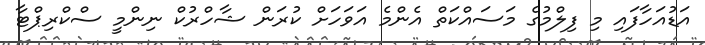
އަޑުއަހާފައި މި ފިލްމުގެ މަސައްކަތް އެންމެ އަވަހަށް ކުރަން ޝާހްރުކް ނިންމީ ސްކްރިޕްޓާ